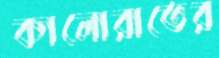
কালোরাতের